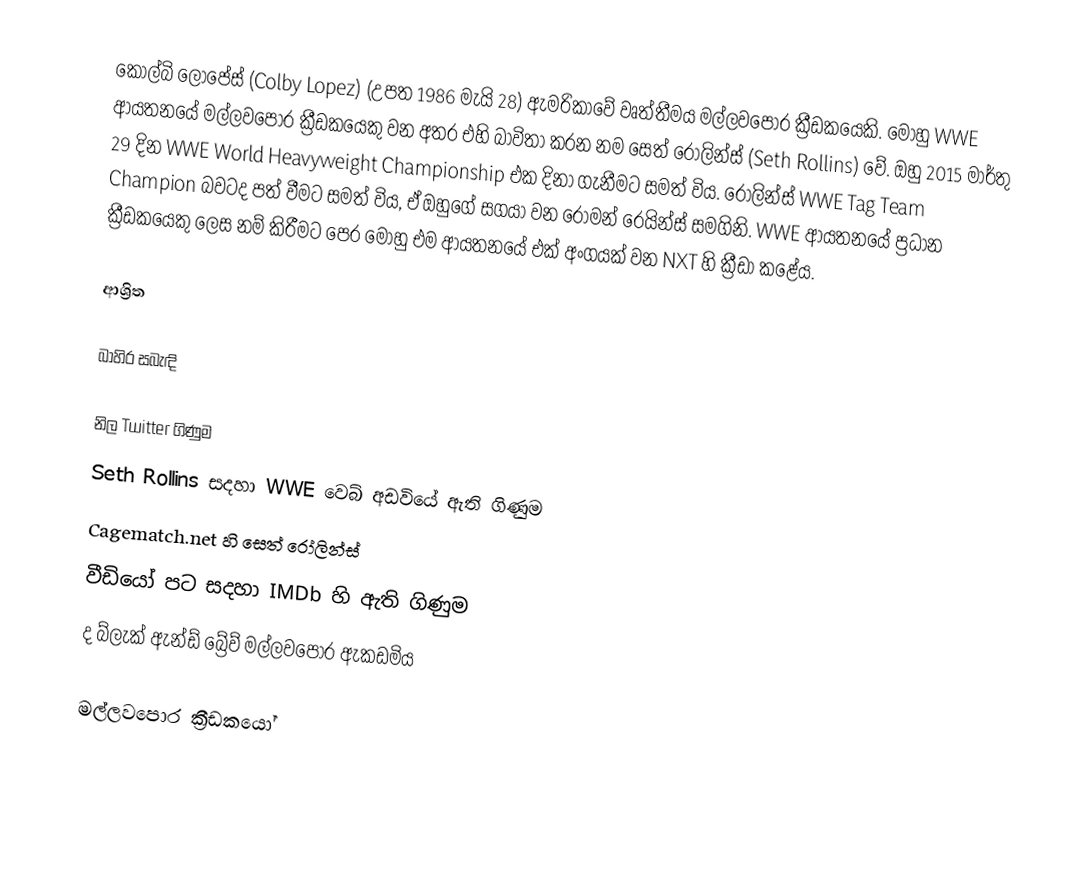
කෝල්බි ලොපේස්  (Colby Lopez) (උපත 1986 මැයි 28) ඇමරිකාවේ වෘත්තීමය මල්ලවපොර ක්‍රීඩකයෙකි. මොහු WWE ආයතනයේ මල්ලවපොර ක්‍රීඩකයෙකු වන අතර එහි බාවිතා කරන නම සෙත් රෝලින්ස් (Seth Rollins) වේ. ඔහු  2015 මාර්තු 29 දින WWE World Heavyweight Championship එක දිනා ගැනීමට සමත් විය. රෝලින්ස් WWE Tag Team Champion  බවටද පත් වීමට සමත් විය, ඒ ඔහුගේ සගයා වන රෝමන් රෙයින්ස් සමගිනි. WWE ආයතනයේ ප්‍රධාන ක්‍රීඩකයෙකු ලෙස නම් කිරීමට පෙර මොහු එම ආයතනයේ එක් අංගයක් වන NXT හි ක්‍රීඩා කළේය.

ආශ්‍රිත

බාහිර සබැඳි

 නිල Twitter ගිණුම
 Seth Rollins සදහා WWE වෙබ් අඩවියේ ඇති ගිණුම
 Cagematch.net හි සෙත් රෝලින්ස්
 වීඩියෝ පට සදහා IMDb හි ඇති ගිණුම
 ද බ්ලැක් ඇන්ඩ් බ්‍රේව් මල්ලවපොර ඇකඩමිය

මල්ලවපොර ක්‍රීඩකයෝ